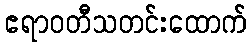
ဧရာဝတီသတင်းထောက်